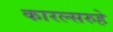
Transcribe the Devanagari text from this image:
कारल्सरुहे